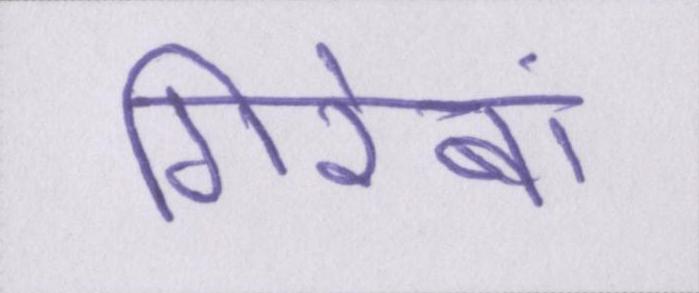
गिरेबां